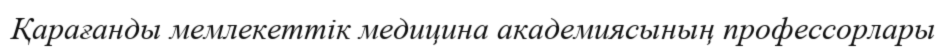
Қарағанды мемлекеттік медицина академиясының профессорлары